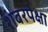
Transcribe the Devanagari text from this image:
शंबरपेक्षा